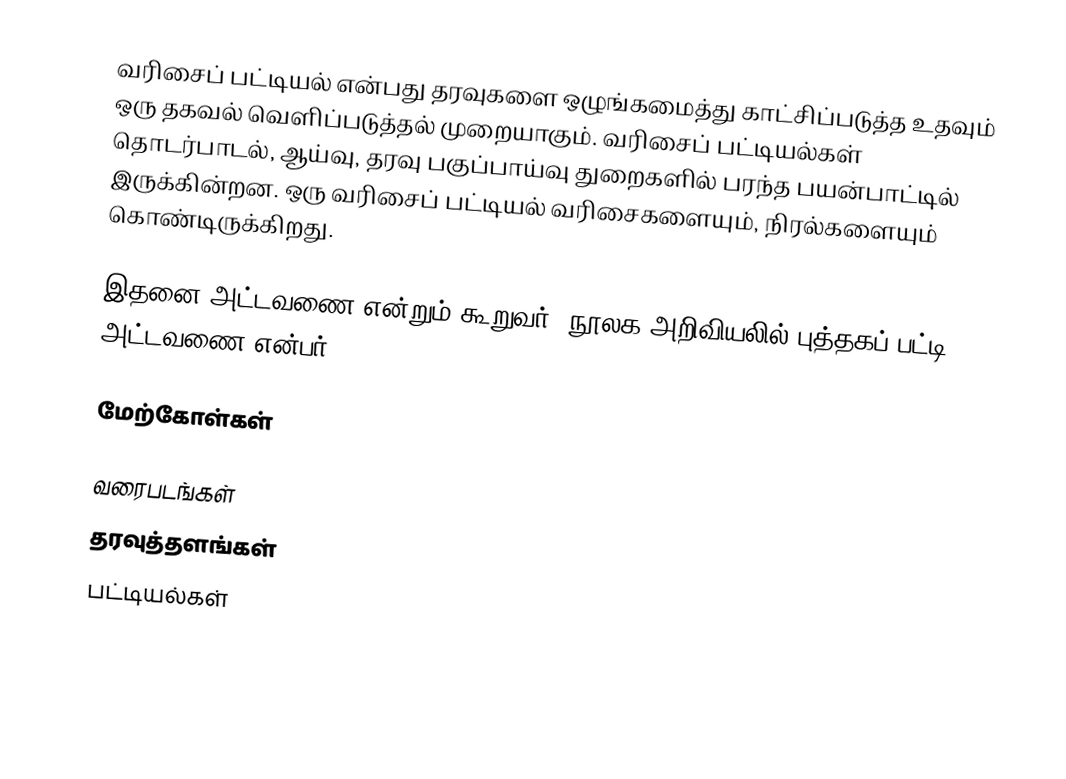
வரிசைப் பட்டியல் என்பது தரவுகளை ஒழுங்கமைத்து காட்சிப்படுத்த உதவும் ஒரு தகவல் வெளிப்படுத்தல் முறையாகும். வரிசைப் பட்டியல்கள் தொடர்பாடல், ஆய்வு, தரவு பகுப்பாய்வு துறைகளில் பரந்த பயன்பாட்டில் இருக்கின்றன. ஒரு வரிசைப் பட்டியல் வரிசைகளையும், நிரல்களையும் கொண்டிருக்கிறது.

இதனை அட்டவணை என்றும் கூறுவர். நூலக அறிவியலில் புத்தகப் பட்டி அட்டவணை என்பர்.

மேற்கோள்கள்

வரைபடங்கள்
தரவுத்தளங்கள்
பட்டியல்கள்